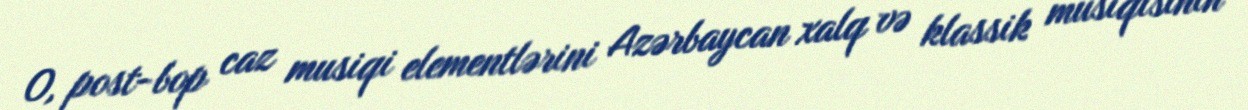
O, post-bop caz musiqi elementlərini Azərbaycan xalq və klassik musiqisinin